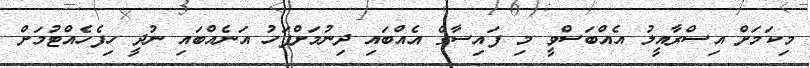
މިކަމަށް އިސްރާއީލު އެއްބަސްވީ މި ފައިސާގެ އެއްބައި ދިނުމަށްފަހު އަނެއްބައި ނުދީ ހިފެހެއްޓުމަށް